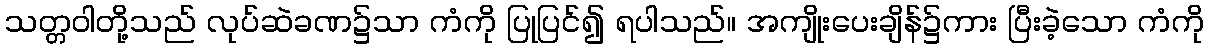
သတ္တဝါတို့သည် လုပ်ဆဲခဏ၌သာ ကံကို ပြုပြင်၍ ရပါသည်။ အကျိုးပေးချိန်၌ကား ပြီးခဲ့သော ကံကို